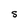
Character: S